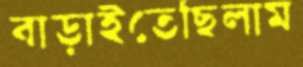
বাড়াইতেছিলাম